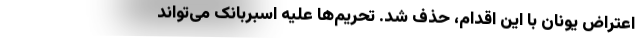
اعتراض یونان با این اقدام، حذف شد. تحریم‌ها علیه اسبربانک می‌تواند